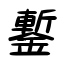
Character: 鏨